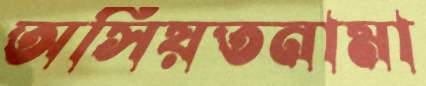
অসিয়তনামা